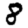
Digit: 8